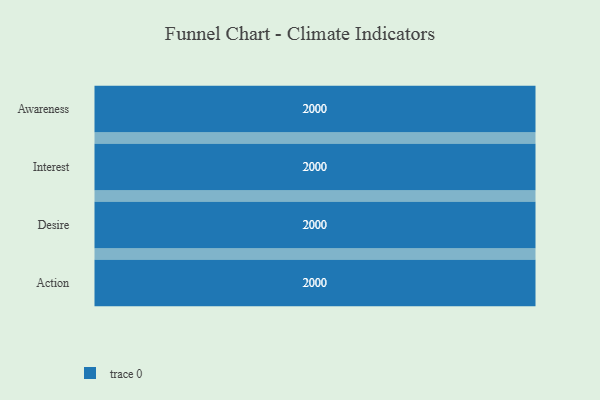
{"axis": {"x": "Stage", "y": "Value"}, "legend": [""], "data": [{"x": "Awareness", "y": 2000, "type": ""}, {"x": "Interest", "y": 2000, "type": ""}, {"x": "Desire", "y": 2000, "type": ""}, {"x": "Action", "y": 2000, "type": ""}]}